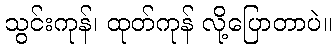
သွင်းကုန်၊ ထုတ်ကုန် လို့ပြောတာပဲ။